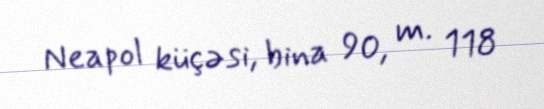
Neapol küçəsi, bina 90, m. 118